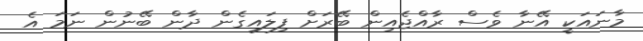
މާނައަކީ އޭނާ ވެސް ރާއްޖެއިން ބޭރަށް ފިލައިގެން ދާން ބޭނުން ނަމަ އެ